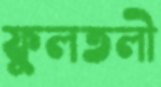
ফুলতলী